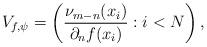
LaTeX: \begin{gather*} V_{f,\psi} = \left( \frac{\nu_{m-n}(x_i)}{\partial_n f(x_i)} : i < N \right), \end{gather*}